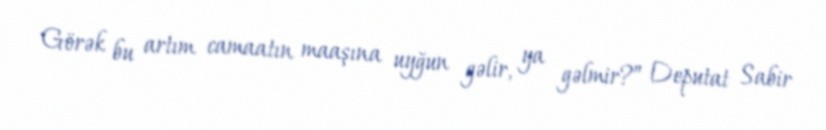
Görək bu artım camaatın maaşına uyğun gəlir, ya gəlmir?” Deputat Sabir